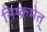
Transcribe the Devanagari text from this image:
निष्क्रमेत्